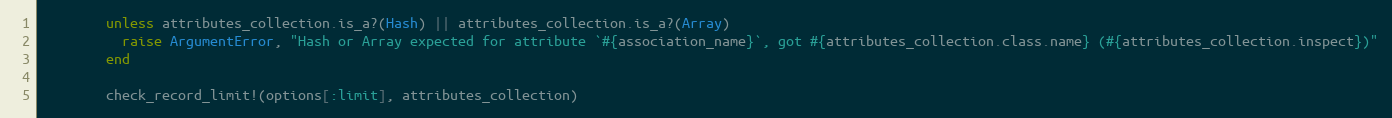
Language: Ruby
        unless attributes_collection.is_a?(Hash) || attributes_collection.is_a?(Array)
          raise ArgumentError, "Hash or Array expected for attribute `#{association_name}`, got #{attributes_collection.class.name} (#{attributes_collection.inspect})"
        end

        check_record_limit!(options[:limit], attributes_collection)